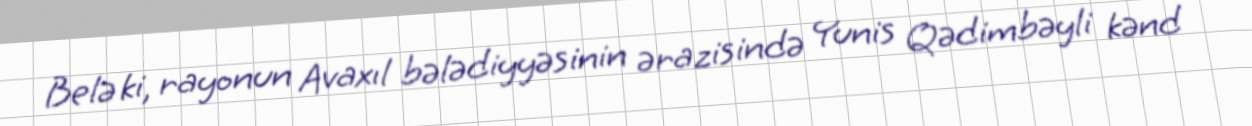
Belə ki, rayonun Avaxıl bələdiyyəsinin ərazisində Yunis Qədimbəyli kənd